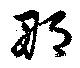
那